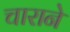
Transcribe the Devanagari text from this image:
चाराने